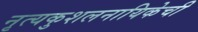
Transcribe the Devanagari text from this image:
नृत्यकुशलनायिकेची